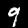
Digit: 9